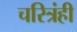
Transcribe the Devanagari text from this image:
चरित्रंही